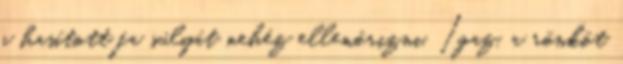
a hasított fa súlyát nehéz ellenőrizni. Igaz, a rönköt